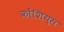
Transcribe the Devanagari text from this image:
कोंशिय्स